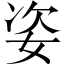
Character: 姿